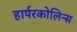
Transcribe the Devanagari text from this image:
हार्परकोलिन्स